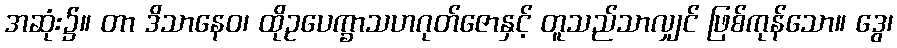
အဆုံး၌။ တာ ဒိသာနေဝ၊ ထိုဥပေက္ခာသဟဂုတ်ဇောနှင့် တူသည်သာလျှင် ဖြစ်ကုန်သော။ ဒွေ၊